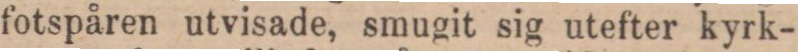
fotspåren utvisade, smugit sig utefter kyrk-